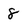
Character: 8